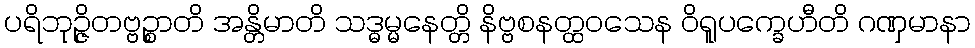
ပရိဘုဉ္ဇိတဗ္ဗဉ္စာတိ အန္တိမာတိ သဒ္ဓမ္မနေတ္တိ နိဗ္ဗစနတ္ထဝသေန ဝိရူပက္ခေဟီတိ ဂဏှမာနာ